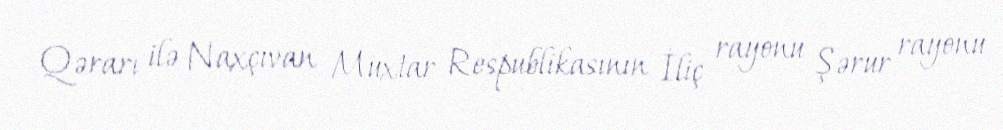
Qərarı ilə Naxçıvan Muxtar Respublikasının İliç rayonu Şərur rayonu